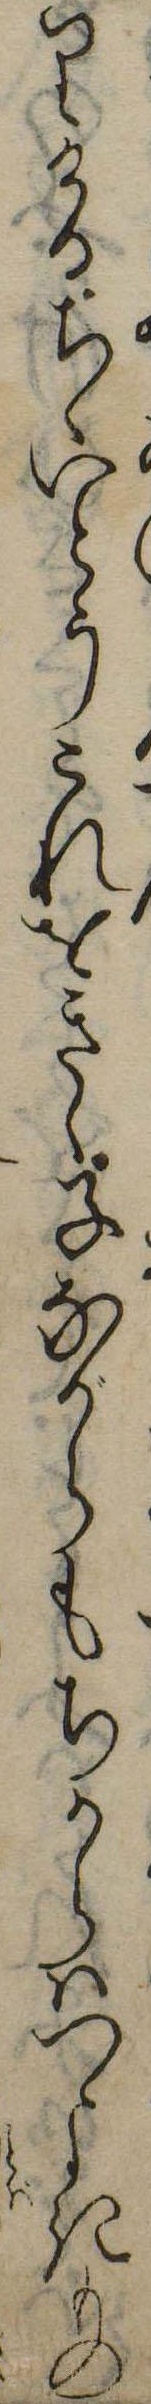
りけるちゝいとうこれをきゝ子ながらもちからはつよきもの